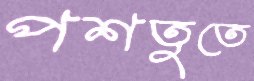
পশতুতে